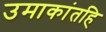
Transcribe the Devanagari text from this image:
उमाकांतहि